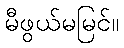
မီဖွယ်မမြင်။